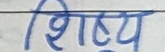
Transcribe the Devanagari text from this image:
शिष्य